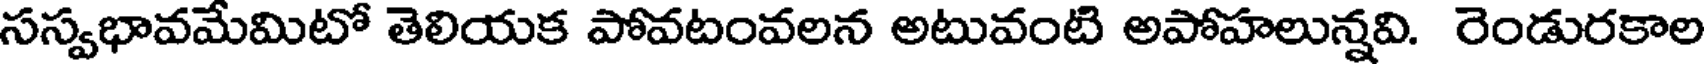
సస్వభావమేమిటో తెలియక పోవటంవలన అటువంటి అపోహలున్నవి. రెండురకాల